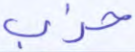
حزب